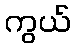
ကွယ်